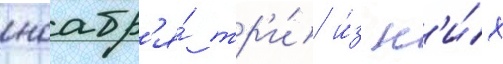
ноабр'я́ тр'и́ и́з н'и́х